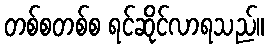
တစ်စတစ်စ ရင်ဆိုင်လာရသည်။